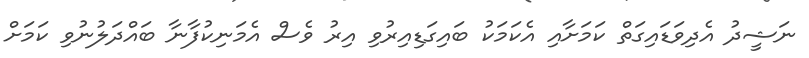
ނަޝީދު އެދިވަޑައިގަތް ކަމަށާއި އެކަމަކު ބައިގަޑިއިރުވި އިރު ވެސް އެމަނިކުފާނާ ބައްދަލުނުވި ކަމަށް